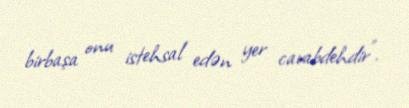
birbaşa onu istehsal edən yer cavabdehdir”.